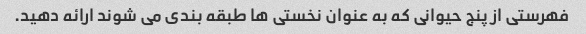
فهرستی از پنج حیوانی که به عنوان نخستی ها طبقه بندی می شوند ارائه دهید.